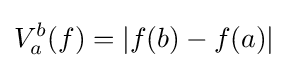
V_{a}^{b}(f)=|f(b)-f(a)|